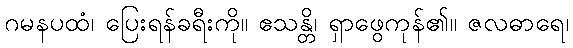
ဂမနပထံ၊ ပြေးရန်ခရီးကို။ ဧသန္တိ၊ ရှာဖွေကုန်၏။ ဇလဓာရေ၊